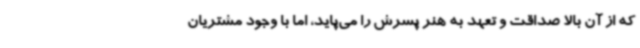
که از آن بالا صداقت و تعهد به هنر پسرش را می‌پاید، اما با وجود مشتریان